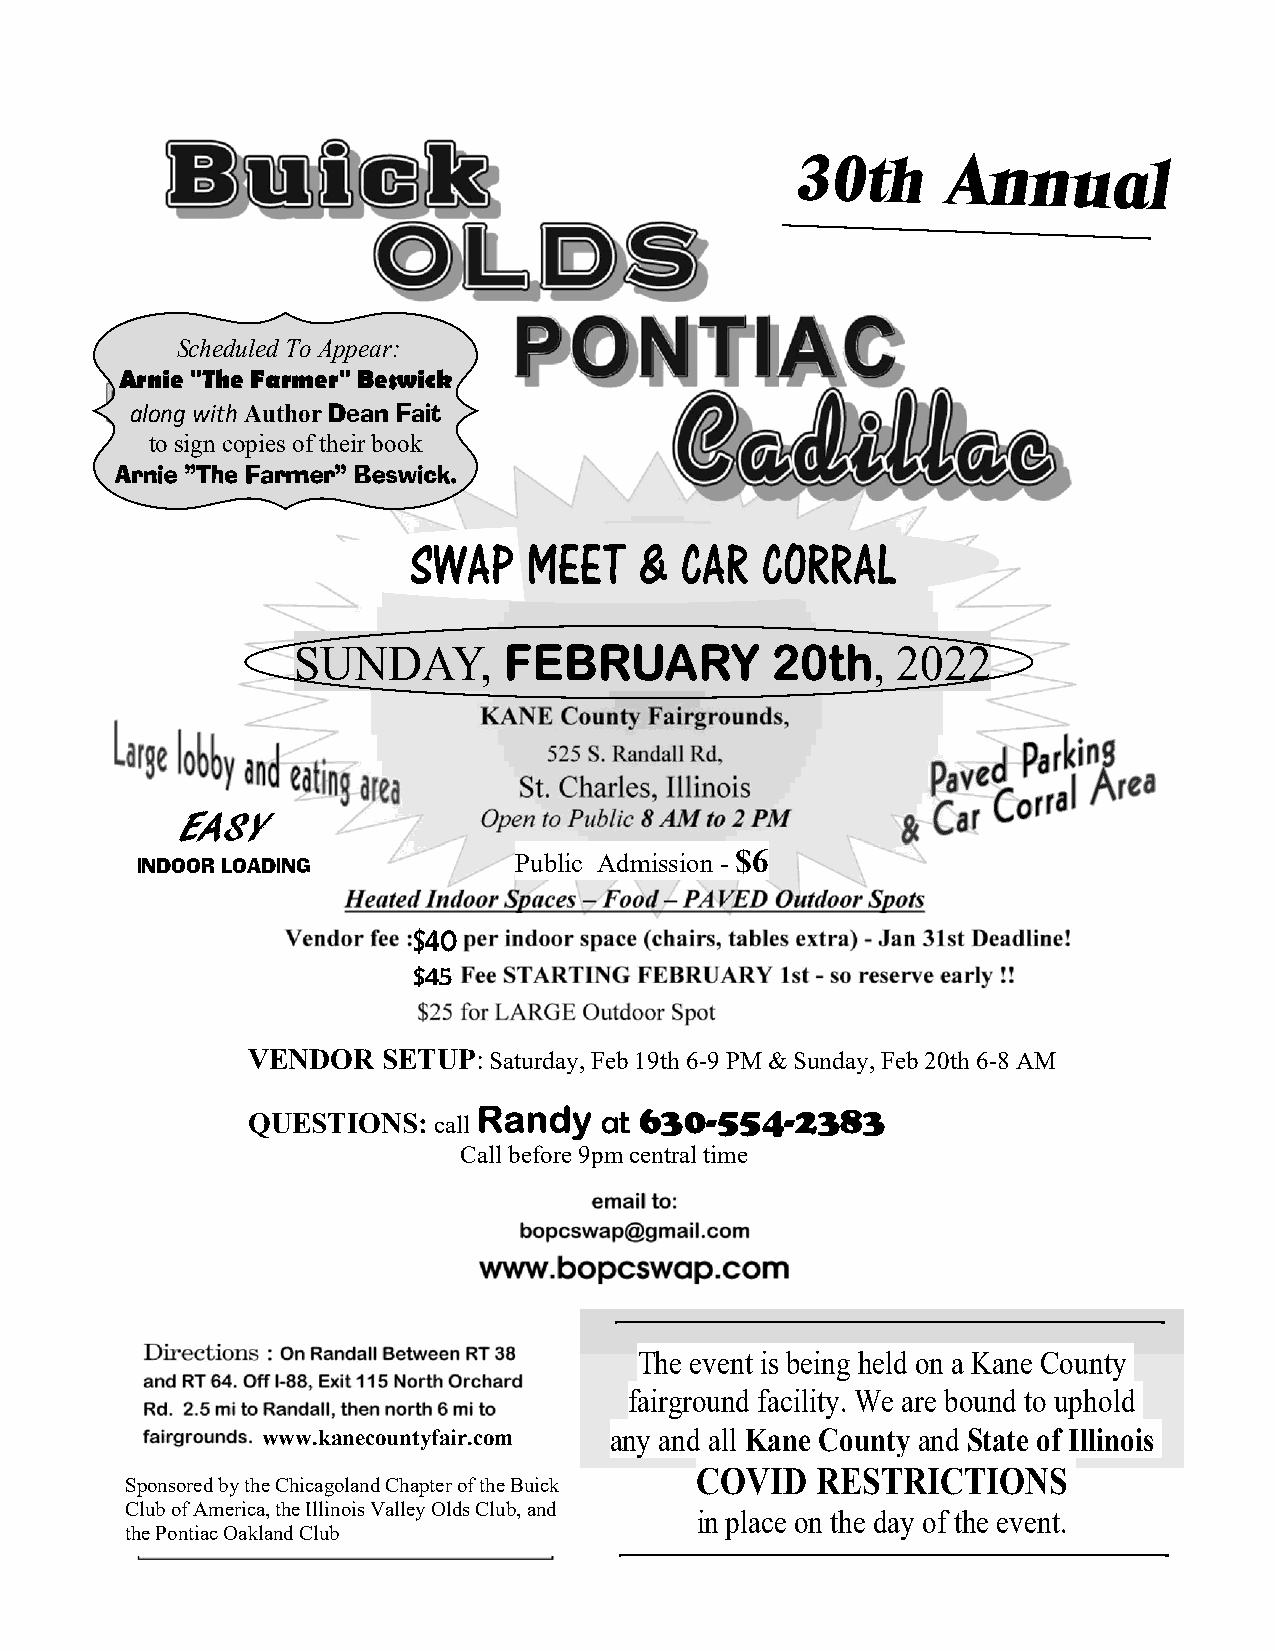
30th      Annual
 Scheduled To Appear:
 Arnie "The Farmer" Beswick
 along with AuthorDean Fait
 to sign copies of their book
 SWAP    MEET   &  CAR  CORRAL
 SUNDAY,                                , 2022
 EASY
 Public Admission - $6
 INDOOR LOADING
 $40
 $45
 VENDOR   SETUP: Saturday, Feb 19th 6-9 PM & Sunday, Feb 20th 6-8 AM
 QUESTIONS:   call       at 630-554-2383
 Call before 9pm central time
 The event is being held on a Kane County
 fairground facility. We are bound to uphold
 www.kanecountyfair.com any and all Kane County and State of Illinois
 COVID   RESTRICTIONS
 Sponsored by the Chicagoland Chapter of the Buick
 Club of America, the Illinois Valley Olds Club, and
 in place on the day of the event.
 the Pontiac Oakland Club